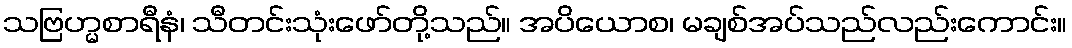
သဗြဟ္မစာရီနံ၊ သီတင်းသုံးဖော်တို့သည်။ အပိယောစ၊ မချစ်အပ်သည်လည်းကောင်း။